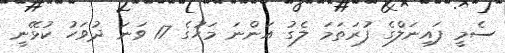
ސެމީ ފައިނަލްގެ ފުރަތަމަ ލެގު އަންނަ މަހުގެ 17 ވަނަ ދުވަހު ކުޅޭނީ